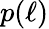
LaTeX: p(\ell)